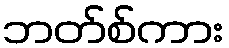
ဘတ်စ်ကား